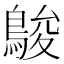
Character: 鵔